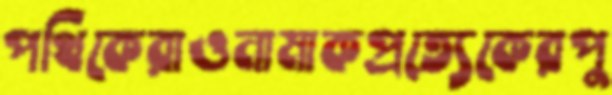
পথিকেরাওনামাকপ্রত্যেকেরপু